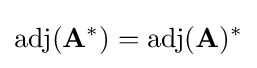
\operatorname {adj} (\mathbf {A} ^{*})=\operatorname {adj} (\mathbf {A} )^{*}